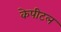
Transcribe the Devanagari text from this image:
केपीटल